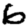
Digit: 6